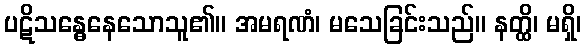
ပဋိသန္ဓေနေသောသူ၏။ အမရဏံ၊ မသေခြင်းသည်။ နတ္ထိ၊ မရှိ၊